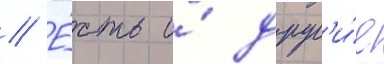
// Е́сть и́ друг'и́е